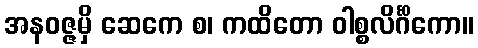
အနဝဇ္ဇမှိ ဆေကေ စ၊ ကထိတော ဝါစ္စလိင်္ဂိကော။